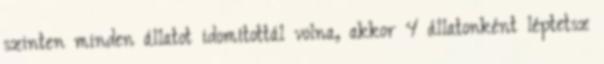
szinten minden állatot idomítottál volna, akkor 4 állatonként léptetsz